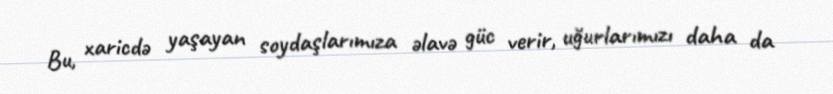
Bu, xaricdə yaşayan soydaşlarımıza əlavə güc verir, uğurlarımızı daha da